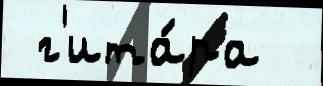
 г'ита́ра